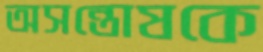
অসন্তোষকে